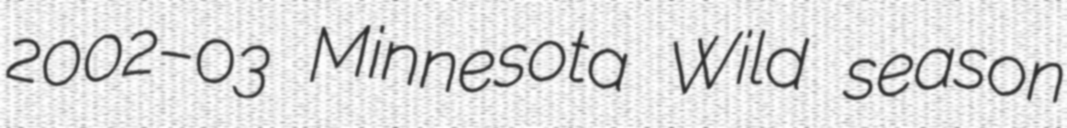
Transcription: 2002–03 Minnesota Wild season